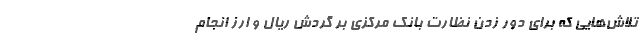
تلاش‌هایی که برای دور زدن نظارت بانک مرکزی بر گردش ریال و ارز انجام